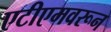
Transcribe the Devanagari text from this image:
एटीएमवरून